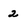
Character: 2